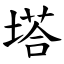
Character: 塔